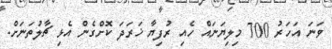
ވަނަ އަހަރު 700 މިލިޔަނައް ހެއި ރުފިޔާ ޚަރަދަ ކޮށްގެން އެޅި ޗާލުތަނަށް.